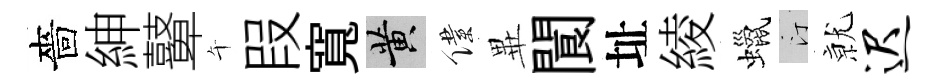
嗇紳鼙午叚寬黄僕𭺾閬址綾蠟汀𭕒迟